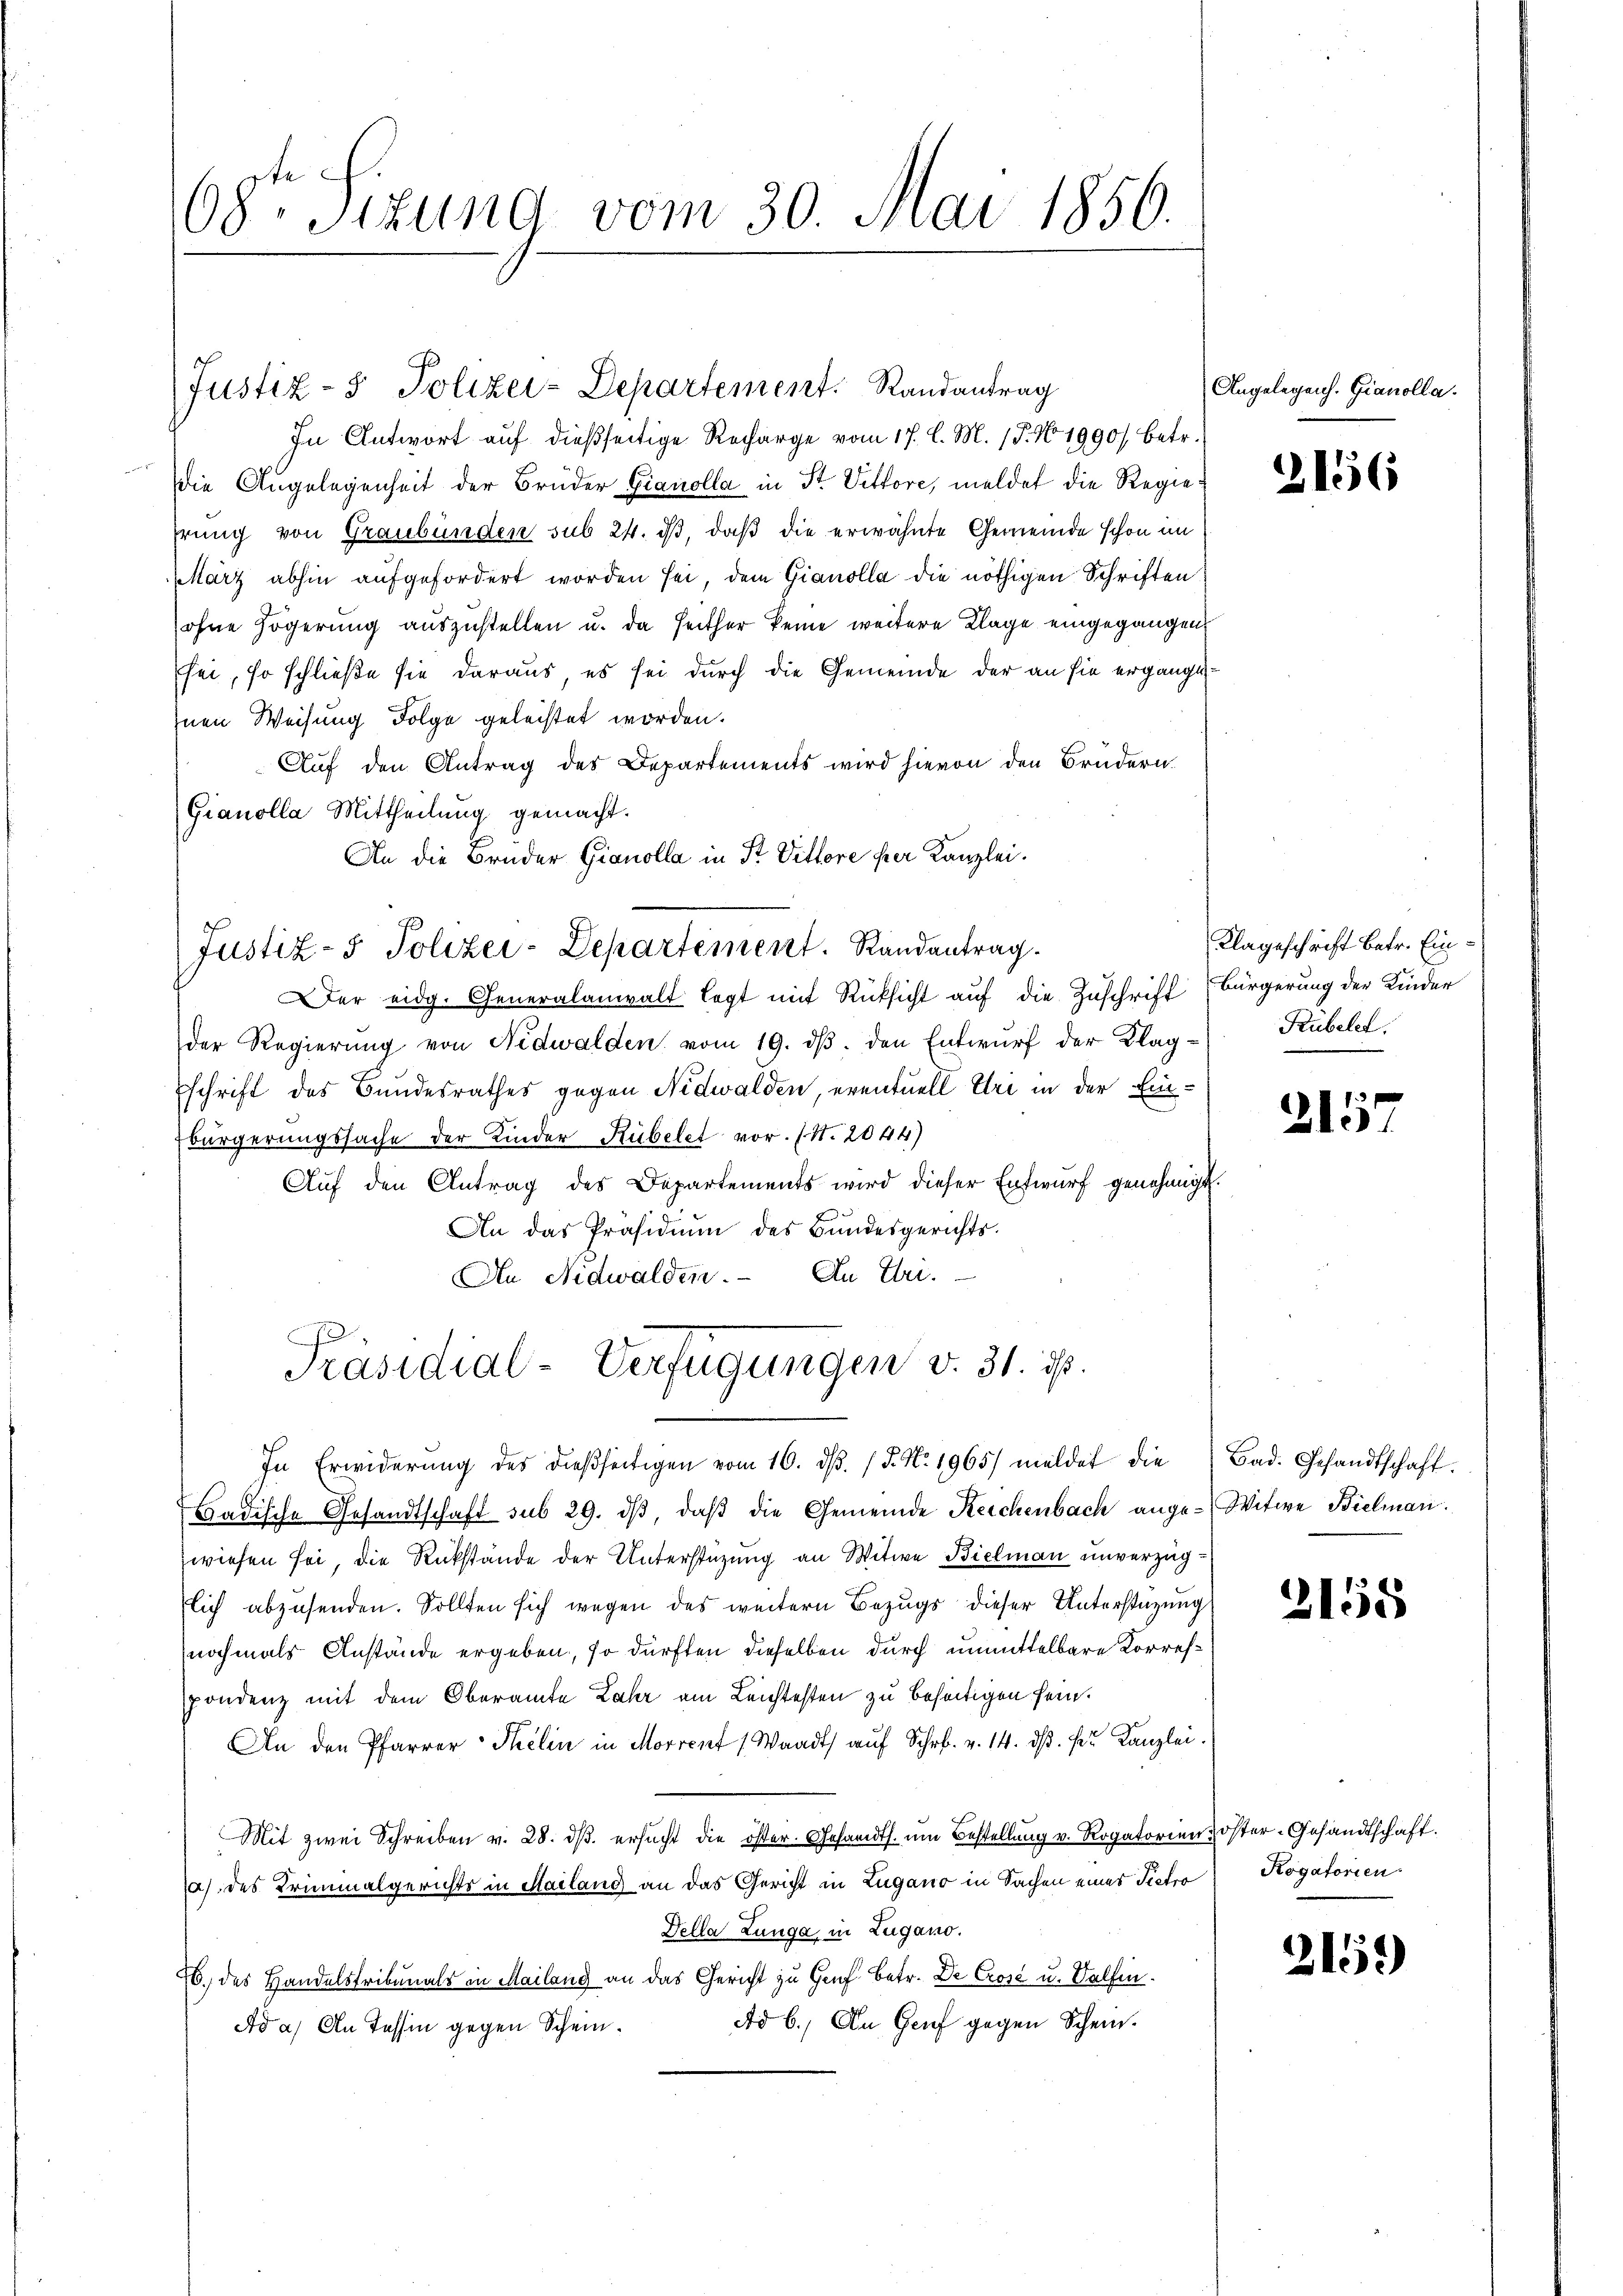
68ten Sizung vom 30. Mai 1856.

Justiz- & Polizei-Departement. Randantrag

Justiz- & Polizei-Departement. Randantrag

In Antwort auf dießseitige Recharge vom 17. l. M. 15. No 1990 betr.
die Angelegenheit der Brüder Gianolla in St. Vittore, meldet die Regiehrung von Graubünden sub 24. ds, daß die erwähnte Gemeinde schon im
März abhin aufgefordert worden sei, dem Gianolla die nöthigen Schriften
ohne Zögerung auszustellen u. da Heither keine weitere Klage eingegangen
sei, so schließe sie daraus, es sei durch die Gemeinde der an sie ergängi¬
Inen Weisung Folge geleistet worden.
Auf den Antrag des Departements wird hievon den Brudern
Gianolla Mittheilung gemacht.
An die Bruder Gianolla in St. Vittore per Kanzlei.
Der eidg. Generalanwalt legt mit Rücksicht auf die Zuschrift (Bürgerung der Kinder
der Regierŭng von Nidwalden vom 19. dβ. den Entwŭrf der Klag- Kübele
schrift des Bundesrathes gegen Nidwalden, eventuell Uri in der Einbürgerungssache der Kinder Rübelet vor. (S. 2044)
Auf den Antrag des Departements wird dieser Entwurf genehmigt.
An das Präsidiŭm des Bundesgerichts-
An Nidwalden. An Uri.
Präsidial-Verfügungen v. 31. ist.
In Erwiderung des dießseitigen vom 16. dβ. / 5. No. 1965) meldet die
Badische Gesandtschaft sub 29. dβ, daβ die Gemeinde Reichenbach ange-Witwe Bielmann.
wiesen sei, die Rückstände der Unterstüzung an Witwe Bielmann unverzüglich abzusenden. Sollten sich wegen des weitern Bezugs dieser Unterstüzung
nochmals Anstände ergeben, so dürften dieselben durch unmittelbare Korresspondenz mit dem Oberamte Lahr am Leichtesten zu beseitigen sein.
An den Pfarrer-Thelin in Morrent (Waadt auf Schr. v. 14. dβ. sie Kanzlei.
Mit zwei Schreiben v. 28. dβ ersucht die öster. Gesandts. um Bestellung v. Rogatorien öster-Gesandtschaft.
a) des Kriminalgerichts in Mailand an das Gericht in Lugano in Sachen einer Pietro Kogatorien
Della Lunga in Zugano.
Eb. des Handelstribunals in Mailang an das Gericht zu Genf betr. De Crose u. Salfin
Ad b.) An Genf gegen Schein.
Ad a) An Tessin gegen Schein.

Angelegens. Gianolla.

2156

Klageschrift betr. Ein¬

2157

Bad. Gesandtschaft.

3155

2159)